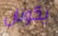
يكونان